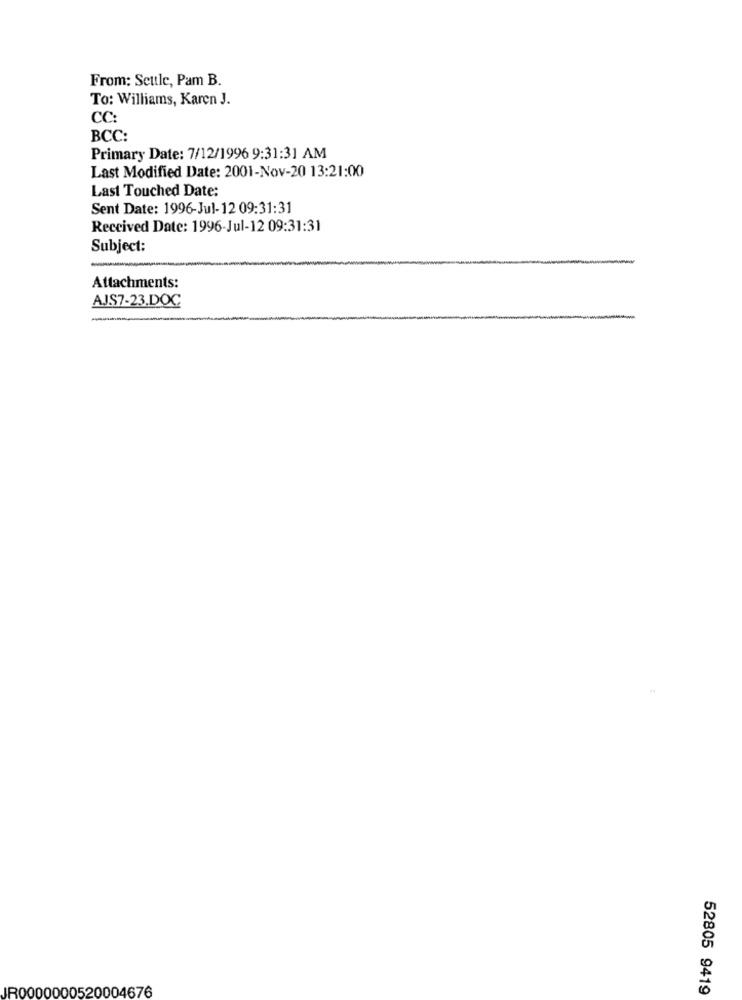
From: Settle, Pam B.
To: Williams, Karen J.
CC:
BCC:
Primary Date: 7/12/1996 9:31:31 AM
Last Modified Date: 2001-Nov-20 13:21:00
Last Touched Date:
Sent Date: 1996-Jul-12 09:31:31
Received Date: 1996-Jul-12 09:31:31
Subject:
Attachments:
A.J.S7-23.DOC
JR0000000520004676
52805 9419